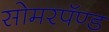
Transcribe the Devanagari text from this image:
सोमरपॅण्ड